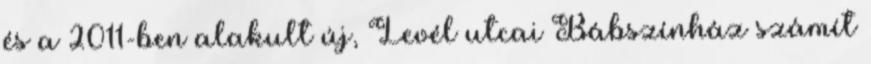
és a 2011-ben alakult új, Levél utcai Bábszínház számít